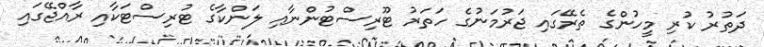
ދަތުރު ކުރި މީހުންގެ ތެރޭގައި ޖަރުމަނުގެ ހަތަރު ޓޫރިސްޓުންނާއި ލަންކާގެ ޓުރިސްޓަކާއި ރާއްޖޭގައި